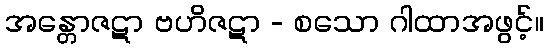
အန္တောဇဋာ ဗဟိဇဋာ - စသော ဂါထာအဖွင့်။